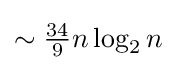
{\textstyle \sim {\frac {34}{9}}n\log _{2}n}